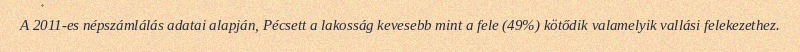
A 2011-es népszámlálás adatai alapján, Pécsett a lakosság kevesebb mint a fele (49%) kötődik valamelyik vallási felekezethez.